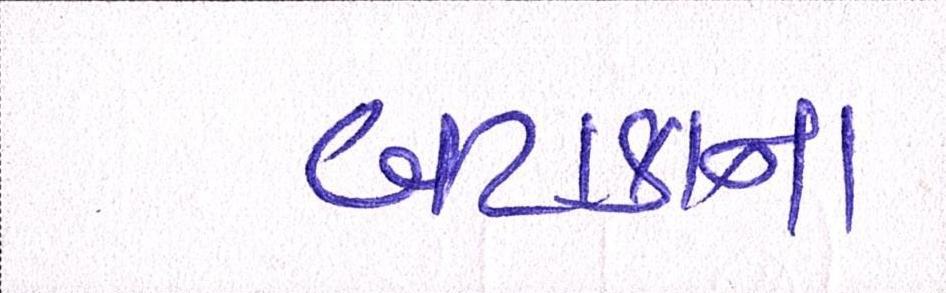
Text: બટાટાના